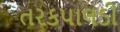
તરકપાલડી